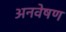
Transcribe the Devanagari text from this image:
अनवेषण